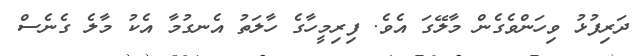
ދަރިފުޅު ވިހަންވެގެން މާލޭގަ އެވެ. ފިރިމީހާގެ ހާލަތު އެނގުމާ އެކު މާލެ ގެނެސް